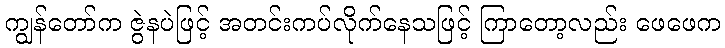
ကျွန်တော်က ဇွဲနပဲဖြင့် အတင်းကပ်လိုက်နေသဖြင့် ကြာတော့လည်း ဖေဖေက